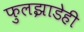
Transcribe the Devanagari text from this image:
फुलझाडेही